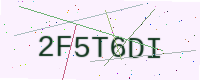
Text: 2F5T6DI